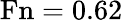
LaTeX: \mathrm{Fn}=0.62